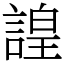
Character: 諻